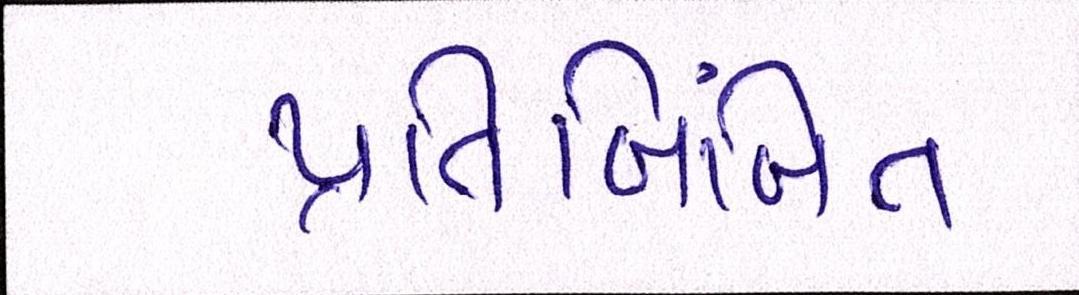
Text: પ્રતિબિંબિત